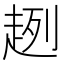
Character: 趔